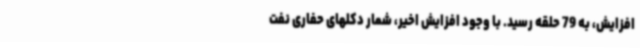
افزایش، به 79 حلقه رسید. با وجود افزایش اخیر، شمار دکلهای حفاری نفت